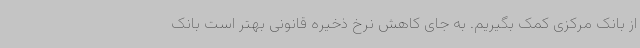
از بانک مرکزی کمک بگیریم. به جای کاهش نرخ ذخیره قانونی بهتر است بانک